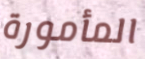
المأمورة